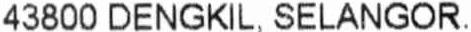
43800 DENGKIL, SELANGOR.